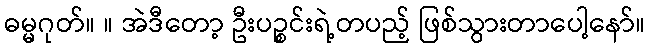
ဓမ္မဂုတ်။ ။ အဲဒီတော့ ဦးပဉ္စင်းရဲ့တပည့် ဖြစ်သွားတာပေါ့နော်။